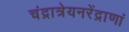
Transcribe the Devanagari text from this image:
चंद्रात्रेयनरेंद्राणां